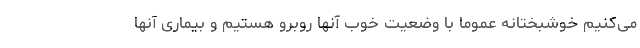
می‌کنیم خوشبختانه عموما با وضعیت خوب آنها روبرو هستیم و بیماری آنها